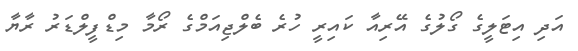
އަދި އިޓަލީގެ ގޯލުގެ އޭރިއާ ކައިރީ ހުރެ ބެލްޖިއަމްގެ ރޯމާ މިޑްފީލްޑަރު ރާޔާ